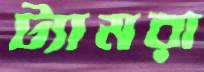
ট্যামরা